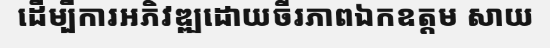
ដើម្បីការអភិវឌ្ឍដោយចីរភាពឯកឧត្តម សាយ